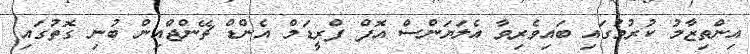
އިންތިޒާމު ކުރުމުގައި ބައިވެރިވާ އެލަޔަންސް އޮފް ފްރީޑަމް އެންޑް ޗޭންޖްއިން ބުނި ގޮތުގައި